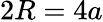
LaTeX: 2R=4a